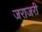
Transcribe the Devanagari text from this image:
जराजरी